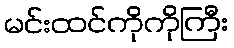
မင်းထင်ကိုကိုကြီး